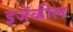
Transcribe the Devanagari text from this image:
इजेकील